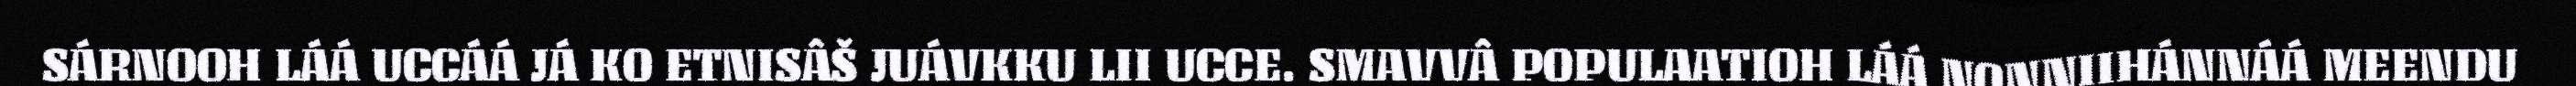
SÁRNOOH LÁÁ UCCÁÁ JÁ KO ETNISÂŠ JUÁVKKU LII UCCE. SMAVVÂ POPULAATIOH LÁÁ NONNIIHÁNNÁÁ MEENDU